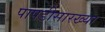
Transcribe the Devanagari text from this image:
पापडीसारख्या